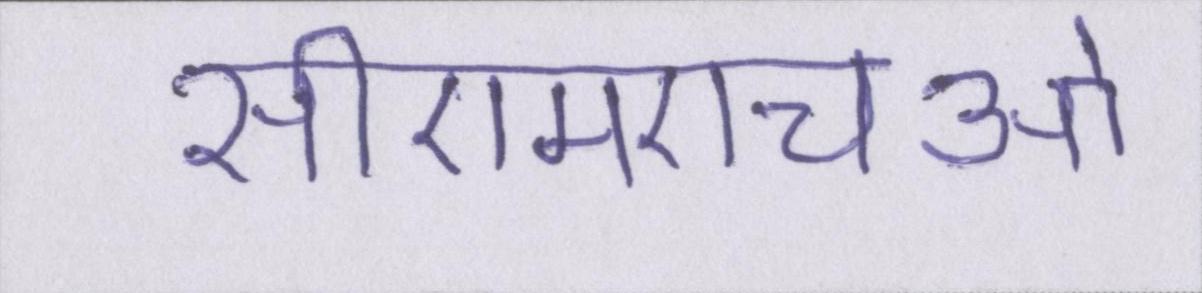
सीएमएचओ